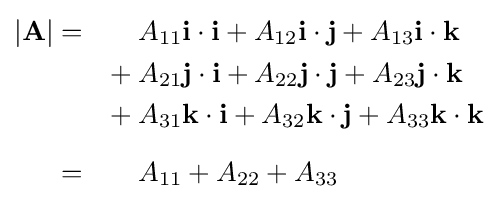
{\begin{aligned}|\mathbf {A} |=\qquad &A_{11}\mathbf {i} \cdot \mathbf {i} +A_{12}\mathbf {i} \cdot \mathbf {j} +A_{13}\mathbf {i} \cdot \mathbf {k} \\{}+{}&A_{21}\mathbf {j} \cdot \mathbf {i} +A_{22}\mathbf {j} \cdot \mathbf {j} +A_{23}\mathbf {j} \cdot \mathbf {k} \\{}+{}&A_{31}\mathbf {k} \cdot \mathbf {i} +A_{32}\mathbf {k} \cdot \mathbf {j} +A_{33}\mathbf {k} \cdot \mathbf {k} \\[6pt]=\qquad &A_{11}+A_{22}+A_{33}\end{aligned}}